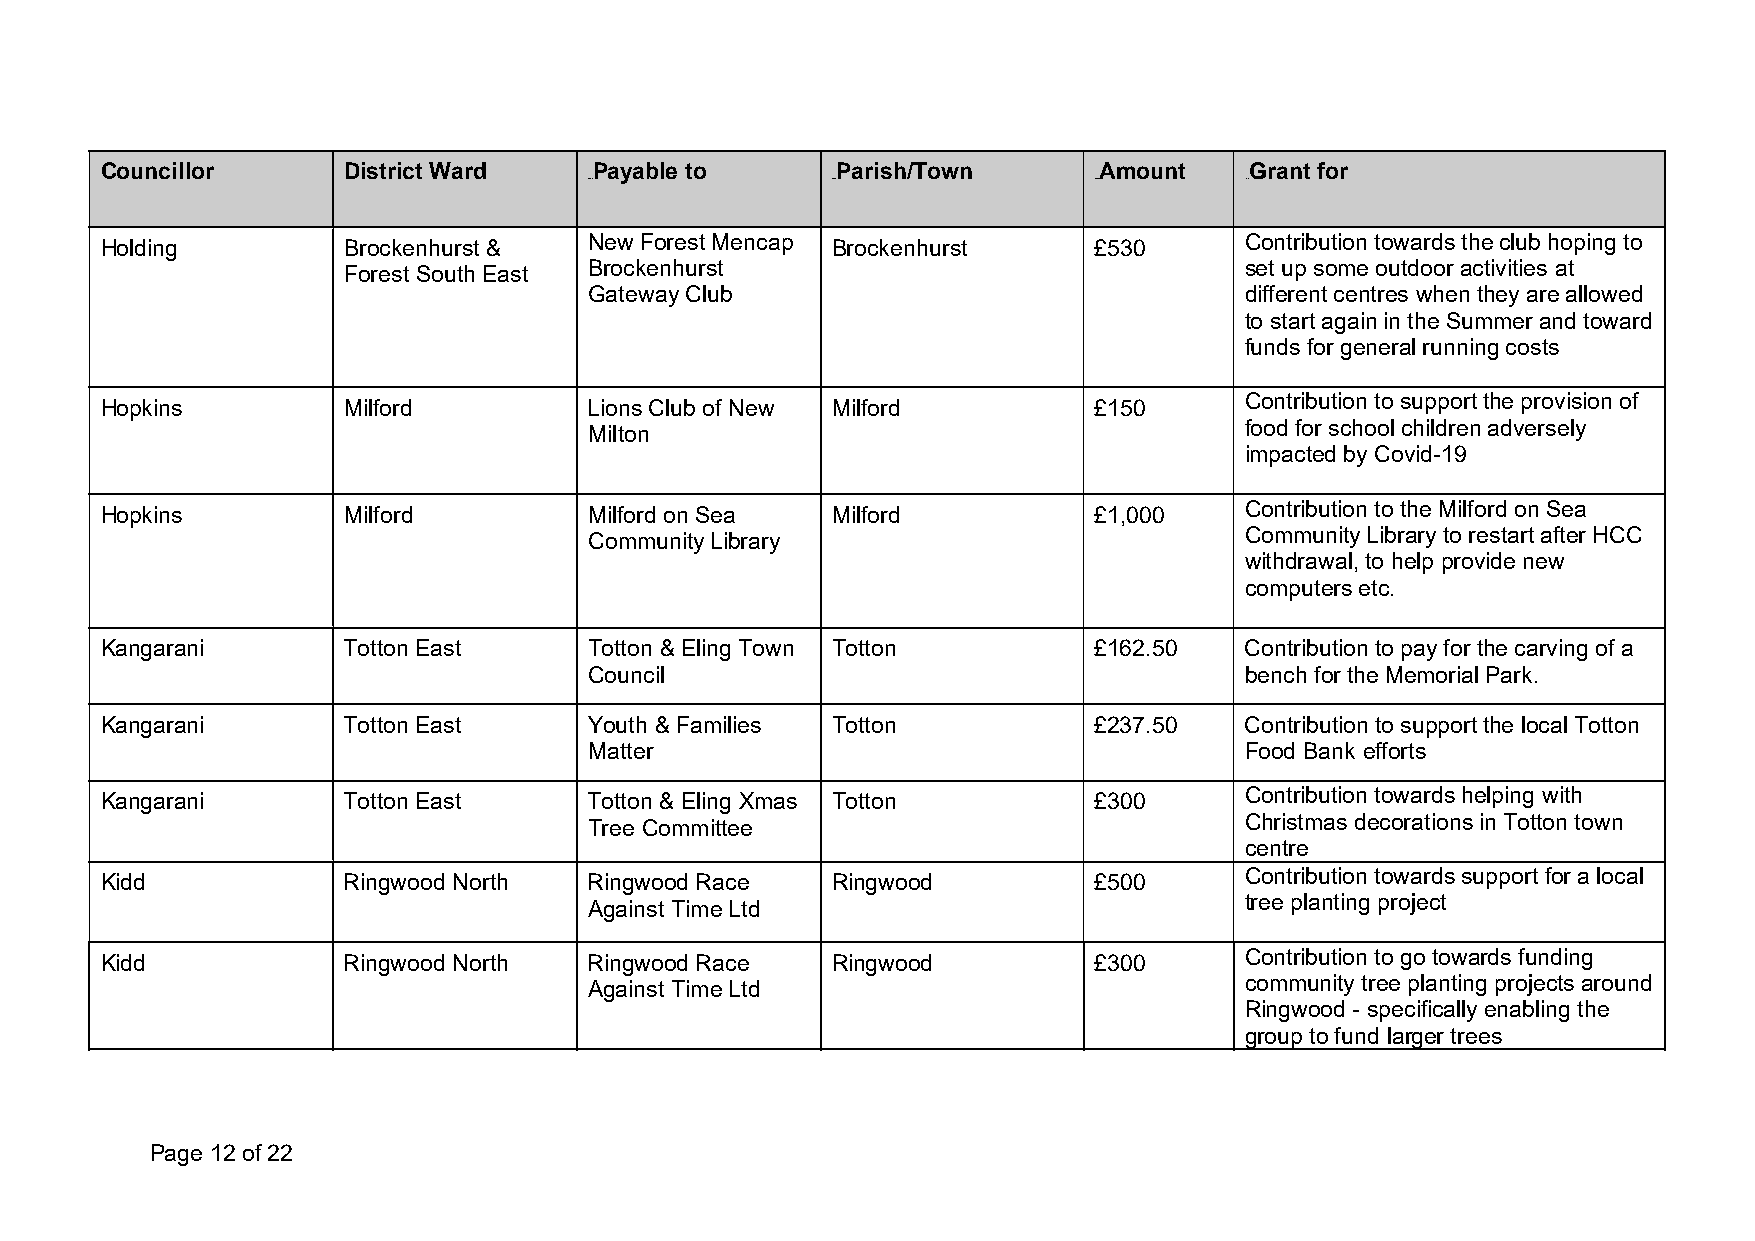
Councillor      District Ward   Payable to      Parish/Town       Amount    Grant for
 0B0B            1B1B             2B2B      3B3B
 Holding         Brockenhurst &  New Forest Mencap Brockenhurst   £530      Contribution towards the club hoping to
 Forest South East Brockenhurst                             set up some outdoor activities at
 Gateway Club                               different centres when they are allowed
 to start again in the Summer and toward
 funds for general running costs
 Hopkins         Milford         Lions Club of New Milford        £150      Contribution to support the provision of
 Milton                                     food for school children adversely
 impacted by Covid-19
 Hopkins         Milford         Milford on Sea  Milford          £1,000    Contribution to the Milford on Sea
 Community Library                          Community Library to restart after HCC
 withdrawal, to help provide new
 computers etc.
 Kangarani       Totton East     Totton & Eling Town Totton       £162.50   Contribution to pay for the carving of a
 Council                                    bench for the Memorial Park.
 Kangarani       Totton East     Youth & Families Totton          £237.50   Contribution to support the local Totton
 Matter                                     Food Bank efforts
 Kangarani       Totton East     Totton & Eling Xmas Totton       £300      Contribution towards helping with
 Tree Committee                             Christmas decorations in Totton town
 centre
 Kidd            Ringwood North  Ringwood Race   Ringwood         £500      Contribution towards support for a local
 Against Time Ltd                           tree planting project
 Kidd            Ringwood North  Ringwood Race   Ringwood         £300      Contribution to go towards funding
 Against Time Ltd                           community tree planting projects around
 Ringwood - specifically enabling the
 group to fund larger trees
 Page 12 of 22